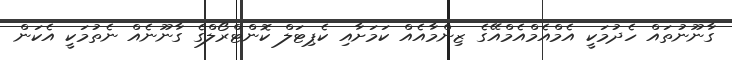
ގާނޫނުތައް ހެދުމަކީ އެމްއެމްއެމްއޭގެ ޒިންމާއެއް ކަމަށާއި ކެޕިޓަލް ކޮންޓްރޯލްގެ ގާނޫނެއް ނެތުމަކީ އެކަން